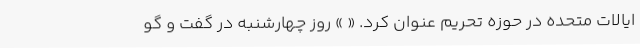
ایالات متحده در حوزه تحریم عنوان کرد. « » روز چهارشنبه در گفت و گو